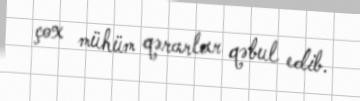
çox mühüm qərarlar qəbul edib.